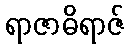
ရာဇာဓိရာဇ်